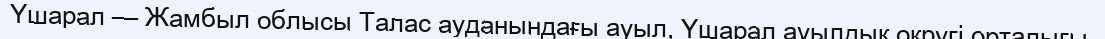
Үшарал — Жамбыл облысы Талас ауданындағы ауыл, Үшарал ауылдық округі орталығы.